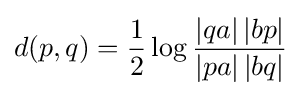
d(p,q)={\frac {1}{2}}\log {\frac {\left|qa\right|\left|bp\right|}{\left|pa\right|\left|bq\right|}}